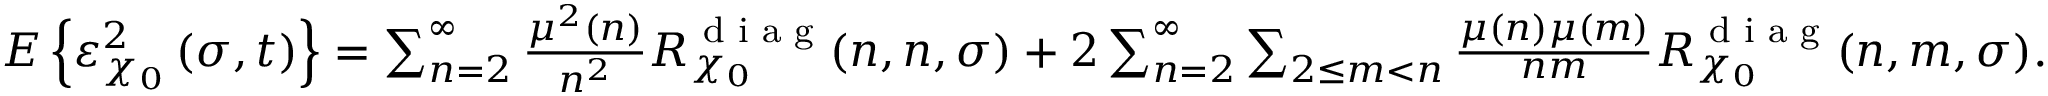
\begin{array} { r } { E \left\{ \varepsilon _ { \chi _ { 0 } } ^ { 2 } \left( \sigma , t \right) \right\} = \sum _ { n = 2 } ^ { \infty } \frac { \mu ^ { 2 } ( n ) } { n ^ { 2 } } R _ { \chi _ { 0 } } ^ { \textnormal { d i a g } } ( n , n , \sigma ) + 2 \sum _ { n = 2 } ^ { \infty } \sum _ { 2 \leq m < n } \frac { \mu ( n ) \mu ( m ) } { n m } R _ { \chi _ { 0 } } ^ { \textnormal { d i a g } } ( n , m , \sigma ) . } \end{array}